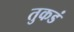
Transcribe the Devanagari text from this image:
तुकडं